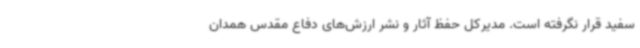
سفید قرار نگرفته است. مدیرکل حفظ آثار و نشر ارزش‌های دفاع مقدس همدان